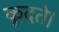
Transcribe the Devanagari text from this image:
कूदते।